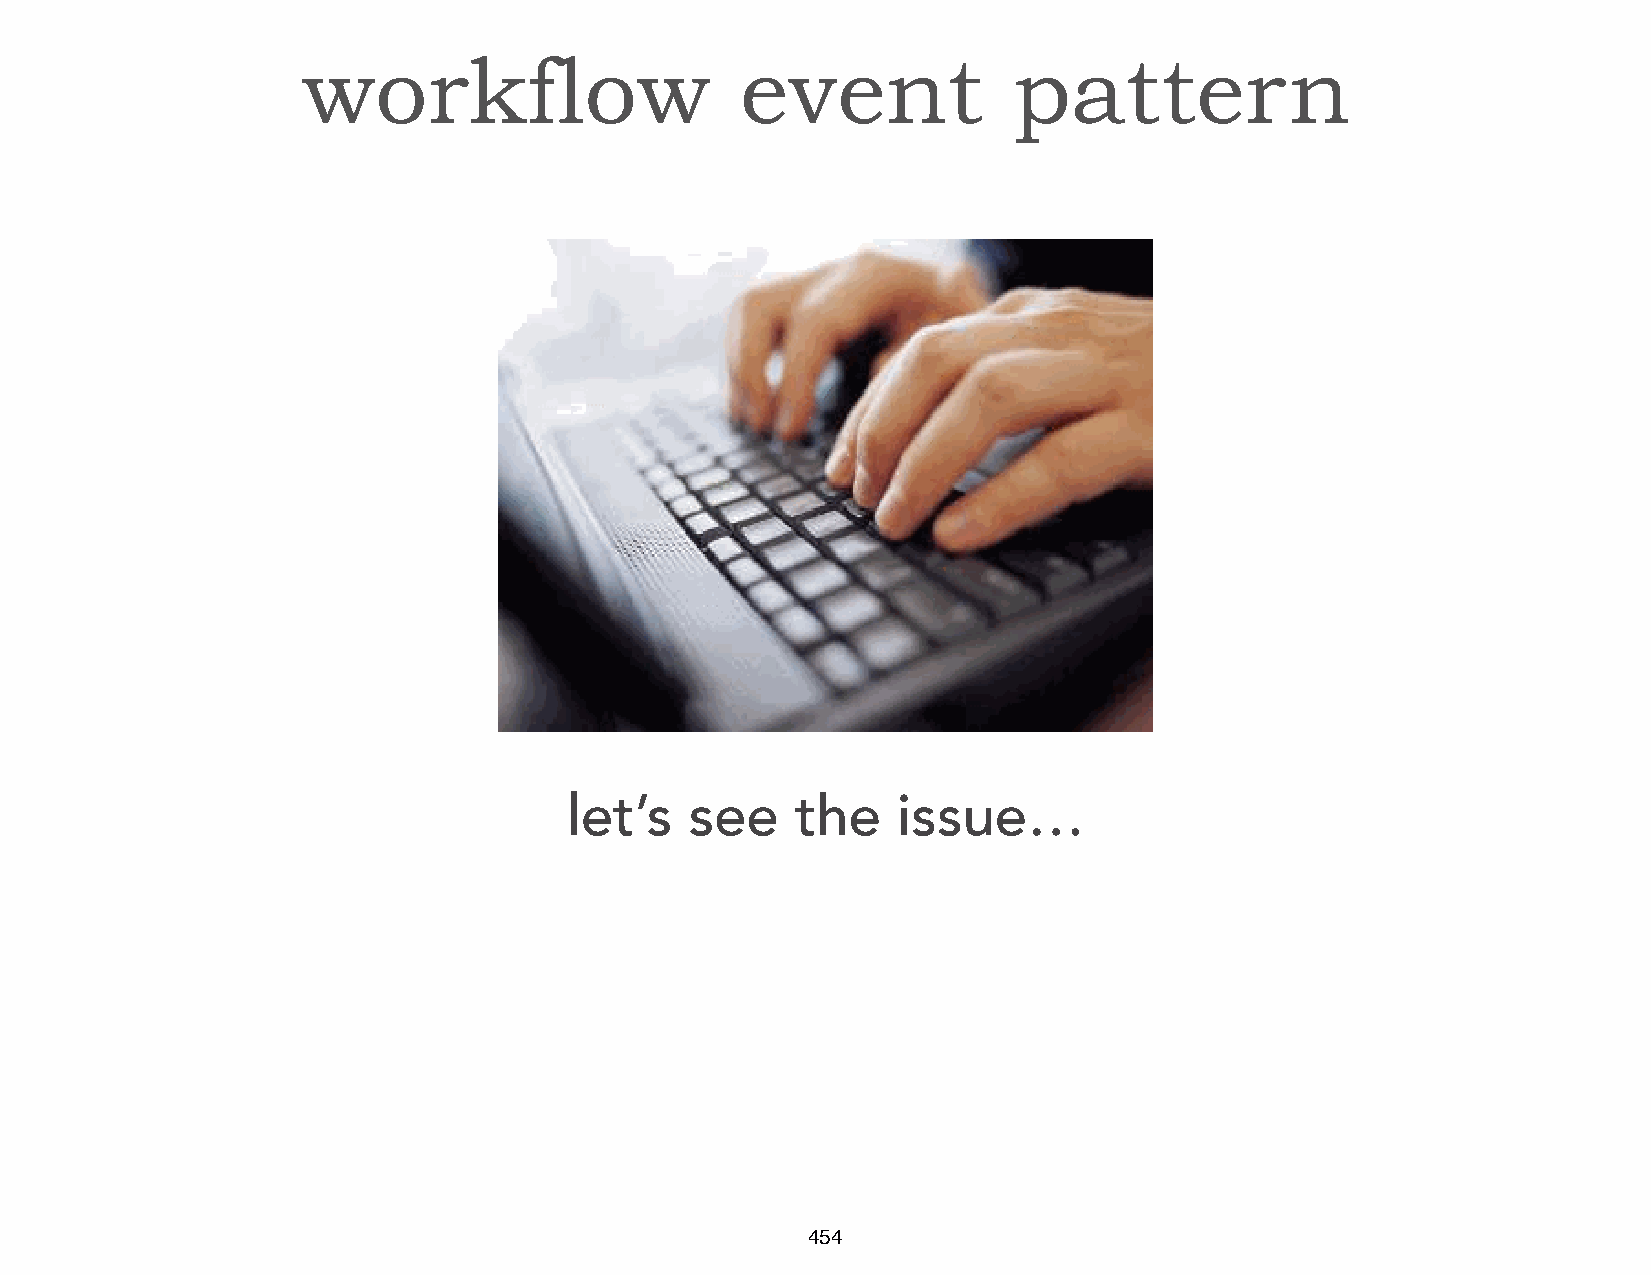
workflow                     event             pattern
 let’s   see    the   issue…
 454